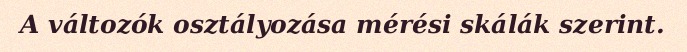
A változók osztályozása mérési skálák szerint.